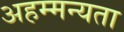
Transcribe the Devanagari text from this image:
अहम्मन्यता